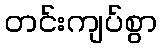
တင်းကျပ်စွာ